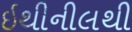
ઇથીનીલથી